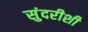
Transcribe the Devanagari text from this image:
सुंदरीशी